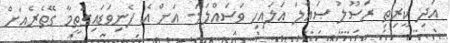
އަދި ކީރިތި ރަސޫލު ޞައްލަ ޢަލައިހި ވަސައްލަމަ- އަށް އެ ފެނިވަޑައިގަތީމާ ގޭތެރެއަށް